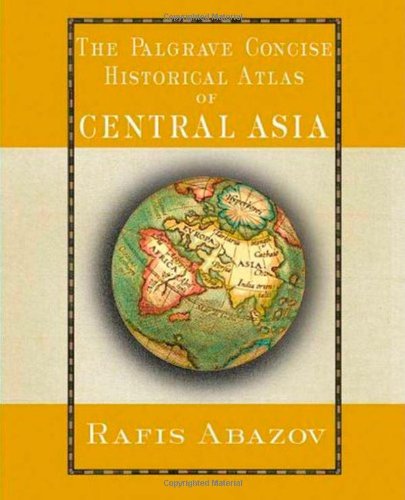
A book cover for Palgrave Concise Historical Atlas of Central Asia; Rafis Abazov; History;